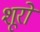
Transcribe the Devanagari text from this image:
शूरों